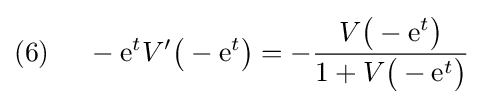
(6)~~~~-\mathrm {e} ^{t}V'{\big (}-\mathrm {e} ^{t}{\big )}=-{\frac {V{\big (}-\mathrm {e} ^{t}{\big )}}{1+V{\big (}-\mathrm {e} ^{t}{\big )}}}